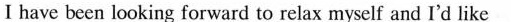
I have been looking forward to relax myself and I'd like